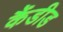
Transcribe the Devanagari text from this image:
कैंडीड